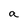
Character: a